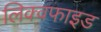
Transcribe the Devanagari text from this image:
लिक्वफाइड